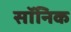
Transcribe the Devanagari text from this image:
सॉनिक